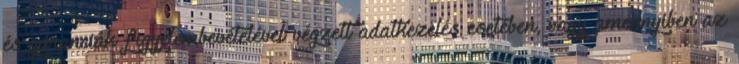
és garanciák figyelembevételével végzett adatkezelés esetében, vagy amennyiben az